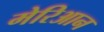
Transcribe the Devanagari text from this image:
मेरिआन